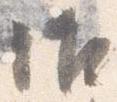
御